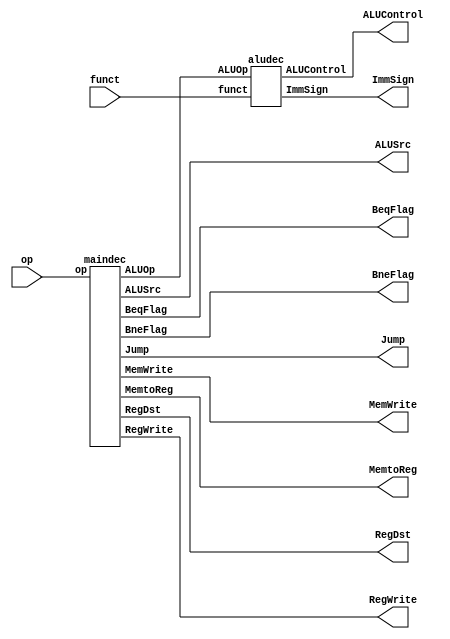
module cotroller (
    input [5: 0 ] op,
    input [5: 0 ] funct,
    output MemtoReg, //*  0ALU 1:RAM
    output MemWrite, //* 
   
    output [2:0] ALUControl, //*ALU 
    output  ALUSrc, //*ALU SrcB
    output  ImmSign,//*
    output  RegWrite, //* 

    output  RegDst, //*  0-rt 1-rd 
    output wire BeqFlag, //* beq     
    output wire BneFlag, //* bne     
    output  Jump   //* PC 0- 1-j
);

wire [1 : 0] ALUOp;
maindec  maindec_inst (
    .op(op),
    .MemtoReg(MemtoReg),
    .MemWrite(MemWrite),
    .ALUSrc(ALUSrc),
    .RegWrite(RegWrite),
    .RegDst(RegDst),
    .BeqFlag(BeqFlag),
    .BneFlag(BneFlag),
    .Jump(Jump),
    .ALUOp(ALUOp)
  );
  aludec  aludec_inst (
    .ALUOp(ALUOp),
    .funct(funct),
    .ImmSign(ImmSign),
    .ALUControl(ALUControl)
  );
endmodule //cotroller

module maindec(
    input [5 : 0] op,
    output reg MemtoReg, //*  0ALU 1:RAM
    output reg MemWrite, //* 
    output reg ALUSrc, //*ALU SrcB 0: *rt 1:imm
    output reg RegWrite, //* 
    output reg RegDst, //*  0-rt 1-rd 
    output wire BeqFlag, //* b     
    output wire BneFlag, //* b     
    output reg Jump,   //* PC 0- 1-j
    output reg [1 : 0] ALUOp
);
assign BeqFlag = op == 6'b000100;
assign BneFlag = op == 6'b000101;
always @(*) begin
    case ( op )
    default   : begin RegWrite = 0; RegDst = 0 ;  ALUSrc = 0;    MemtoReg = 0; MemWrite = 0; ALUOp = 2'b00; Jump=0;       end //*,

    6'b000000 : begin RegWrite = 1; RegDst = 1 ;  ALUSrc  = 0;  MemWrite = 0; MemtoReg = 0;  ALUOp = 2'b10; Jump=0;  end //*R-type
    6'b100011 : begin RegWrite = 1; RegDst = 0 ;  ALUSrc  = 1;  MemWrite = 0; MemtoReg = 1;  ALUOp = 2'b00; Jump=0;  end //*lw -add
    6'b101011 : begin RegWrite = 0; RegDst = 0 ;  ALUSrc  = 1;  MemWrite = 1; MemtoReg = 0;  ALUOp = 2'b00; Jump=0;  end //*sw -add
    6'b000100 : begin RegWrite = 0; RegDst = 0 ;  ALUSrc  = 0;  MemWrite = 0; MemtoReg = 0;  ALUOp = 2'b01; Jump=0;  end //*b-sub
    6'b001000 : begin RegWrite = 1; RegDst = 0 ;  ALUSrc  = 1;  MemWrite = 0; MemtoReg = 0;  ALUOp = 2'b00; Jump=0;  end //*i-add
    6'b000010 : begin RegWrite = 0; RegDst = 0 ;  ALUSrc  = 0;  MemWrite = 0; MemtoReg = 0;  ALUOp = 2'bxx; Jump=1;  end //*j

    6'b001101 : begin RegWrite = 1; RegDst = 0 ;  ALUSrc  = 1;  MemWrite = 0; MemtoReg = 0;  ALUOp = 2'b11;  Jump=0;     end //*i-or  
    6'b000101 : begin RegWrite = 0; RegDst = 0 ;  ALUSrc  = 0;  MemWrite = 0; MemtoReg = 0;  ALUOp = 2'b01;  Jump=0;     end //*bne 
        

    endcase
end
endmodule //maindec


module aludec(
    input [1 : 0] ALUOp,
    input [5 : 0] funct,
    output reg ImmSign,//*  0:u 1:s
    output  reg [2:0] ALUControl
);
always @(*) begin
    case (ALUOp)
    default : begin ALUControl = 3'b000; ImmSign = 0; end //*
    2'b00   : begin ALUControl = 3'b010; ImmSign = 1; end//* i 
    2'b01   : begin ALUControl = 3'b110; ImmSign = 1; end//* b
    2'b10   : case (funct)
                 default  :  begin ALUControl = 3'b000; ImmSign = 0; end //*
                 6'b100000 : begin ALUControl = 3'b010; ImmSign = 1; end  //* R add
                 6'b100010 : begin ALUControl = 3'b110; ImmSign = 1; end //* R sub
                 6'b100100 : begin ALUControl = 3'b000; ImmSign = 0; end //* R and
                 6'b100101 : begin ALUControl = 3'b001; ImmSign = 0; end  //* R or
                 6'b101010 : begin ALUControl = 3'b111; ImmSign = 0; end  //* R slt
               endcase
    2'b11   : ALUControl = 3'b001;
    endcase

        
end

endmodule //aludec